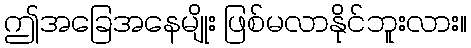
ဤအခြေအနေမျိုး ဖြစ်မလာနိုင်ဘူးလား။